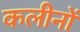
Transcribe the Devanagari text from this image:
कलीनों